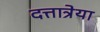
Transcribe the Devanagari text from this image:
दत्तात्रेया